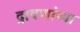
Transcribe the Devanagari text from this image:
द्रावणांच्या